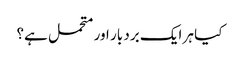
کیا ہر ایک برد بار اور متحمل ہے؟